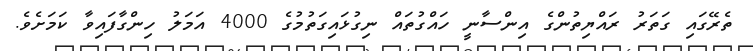
ތެރޭގައި ގަތަރު ރައްޔިތުންގެ އިންސާނީ ހައްގުތައް ނިގުޅައިގަތުމުގެ 4000 އަމަލު ހިންގާފައިވާ ކަމަށެވެ.